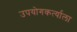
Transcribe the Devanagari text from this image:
उपयोगकर्त्याला